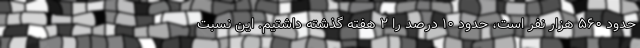
حدود ۵۶۰ هزار نفر است، حدود ۱۰ درصد را ۲ هفته گذشته داشتیم. این نسبت